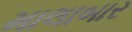
માલાબાર